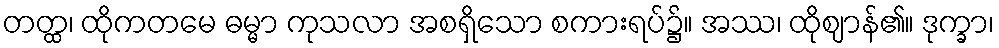
တတ္ထ၊ ထိုကတမေ ဓမ္မာ ကုသလာ အစရှိသော စကားရပ်၌။ အဿ၊ ထိုဈာန်၏။ ဒုက္ခာ၊